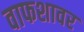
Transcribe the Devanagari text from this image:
वाफशावर